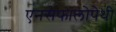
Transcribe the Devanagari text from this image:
एनसेफालोपेथी